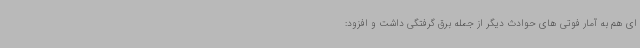
ای هم به آمار فوتی های حوادث دیگر از جمله برق گرفتگی داشت و افزود: